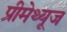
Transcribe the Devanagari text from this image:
प्रीमेथ्यूज